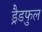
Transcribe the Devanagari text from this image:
ड्रैडफुल